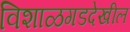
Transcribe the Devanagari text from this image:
विशाळगडदेखील